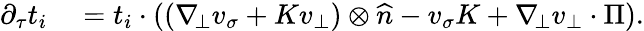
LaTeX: \begin{array}{rl}{\partial_{\tau}t_{i}}&{{}=t_{i}\cdot((\nabla_{\! \bot}v_{\sigma}+Kv_{\bot})\otimes\widehat{n}-v_{\sigma}K+\nabla_{\! \bot}v_{\bot}\cdot\Pi).}\end{array}